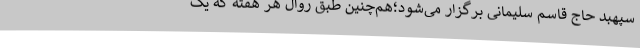
سپهبد حاج قاسم سلیمانی برگزار می‌شود؛هم‌چنین طبق روال هر هفته که یک